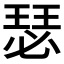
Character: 瑟